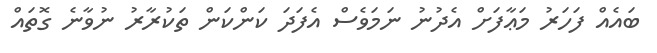
ބައެއް ފަހަރު މަޢާފަށް އެދުނު ނަމަވެސް އެފަދަ ކަންކަން ތަކުރާރު ނުވާނެ ގޮތައް